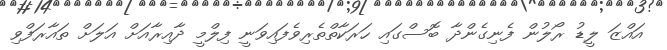
އައްޒަ ލީޑު ރޯލުން ފެނިގެންދާ ބޮސްގައި ހަރަކާތްތެރިވެފައިވަނީ ފިލްމީ ދާއިރާއަށް އަލަށް ތައާރަފްވި